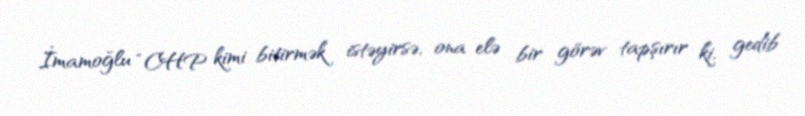
İmamoğlu “CHP kimi bitirmək istəyirsə, ona elə bir görəv tapşırır ki, gedib